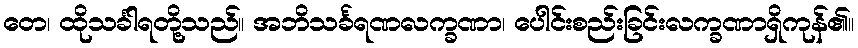
တေ၊ ထိုသင်္ခါရတို့သည်။ အဘိသင်္ခရဏလက္ခဏာ၊ ပေါင်းစည်းခြင်းလက္ခဏာရှိကုန်၏။